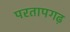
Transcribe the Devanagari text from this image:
परतापगढ़